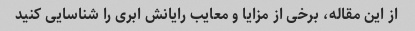
از این مقاله، برخی از مزایا و معایب رایانش ابری را شناسایی کنید